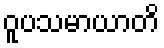
ဝူပသမာယာတိ